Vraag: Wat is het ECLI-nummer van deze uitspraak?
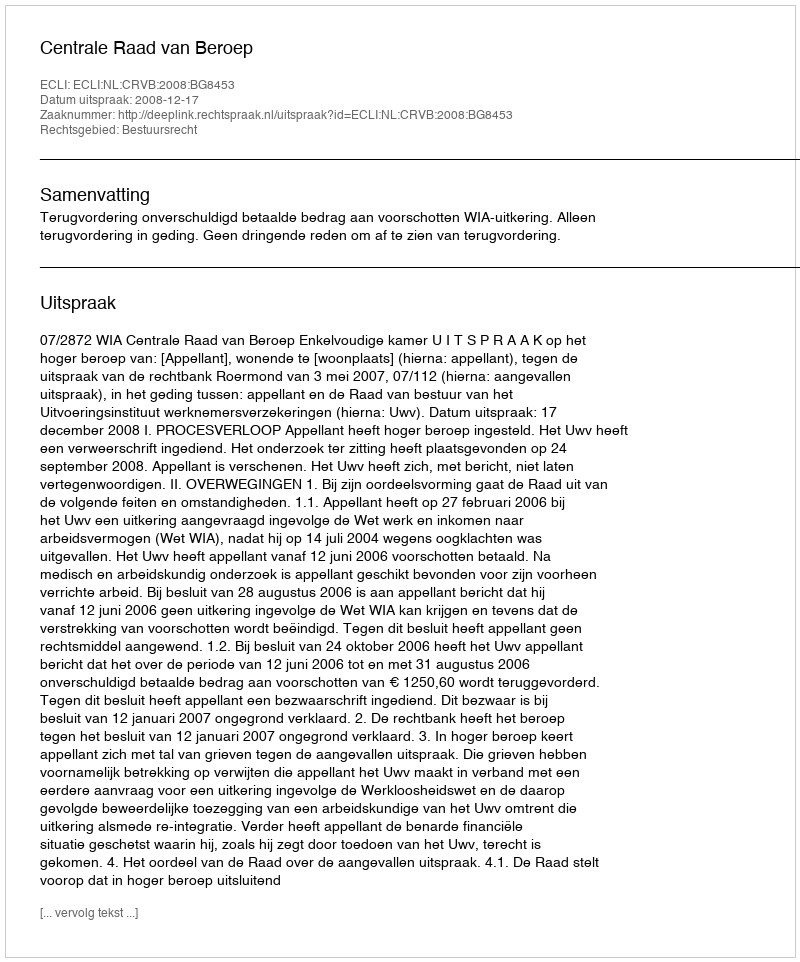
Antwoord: ECLI:NL:CRVB:2008:BG8453